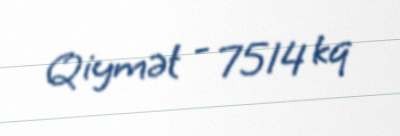
Qiymət - 7514 kq